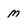
Character: M